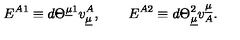
E ^ { A 1 } \equiv d \Theta ^ { \underline { { \mu } } 1 } v _ { \underline { { \mu } } } ^ { A } , \qquad E ^ { A 2 } \equiv d \Theta _ { \underline { { \mu } } } ^ { 2 } v _ { A } ^ { \underline { { \mu } } } . \qquad